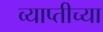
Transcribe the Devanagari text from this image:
व्याप्तीच्या